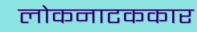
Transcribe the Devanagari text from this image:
लोकनाटककार